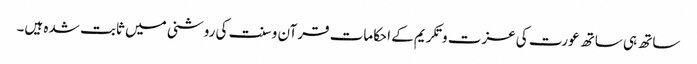
ساتھ ہی ساتھ عورت کی عزت و تکریم کے احکامات قرآن و سنت کی روشنی میں ثابت شدہ ہیں۔